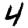
Digit: 4